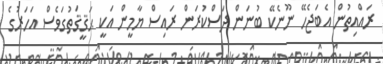
ރައްއިތުން އެބަޖެހޭ ނޫނެކޭ ބުނަން ދަސްކުރަން ރައިިސް ޔާމީން އަކީ ޙަޤީޤަތުގަވެސް އަހަރުގެ